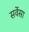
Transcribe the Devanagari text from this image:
सर्वेसा